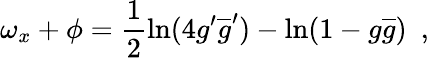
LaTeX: \omega_{x}+\phi=\frac{1}{2}\ln(4g^{\prime}\overline{{{g}}}^{\prime})-\ln(1-g\overline{{{g}}})~~,